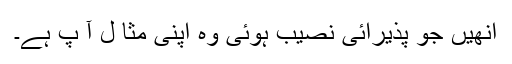
انھیں جو پذیرائی نصیب ہوئی وہ اپنی مثا ل آ پ ہے۔